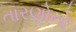
તારણોનો